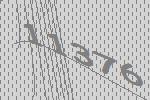
11376